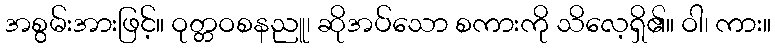
အစွမ်းအားဖြင့်။ ဝုတ္တဝစနညူ၊ ဆိုအပ်သော စကားကို သိလေ့ရှိ၏။ ဝါ၊ ကား။